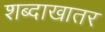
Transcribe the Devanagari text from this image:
शब्दाखातर